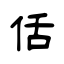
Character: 佸